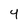
Character: 4